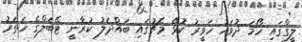
ލީގްގައި ހޯމަ ދުވަހު ހަވީރު ކުޅޭ މެޗުގައި ބައްދަލު ކުރާނީ ޓޭބަލްގެ ހަތަރު